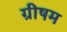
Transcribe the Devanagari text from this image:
ग्रीषम